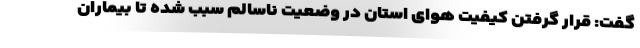
گفت: قرار گرفتن کیفیت هوای استان در وضعیت ناسالم سبب شده تا بیماران